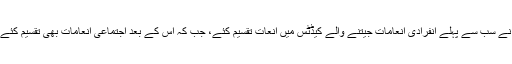
انہوں نے سب سے پہلے انفرادی انعامات جیتنے والے کیڈٹس میں انعات تقسیم کئے، جب کہ اس کے بعد اجتماعی انعامات بھی تقسیم کئے گئے۔